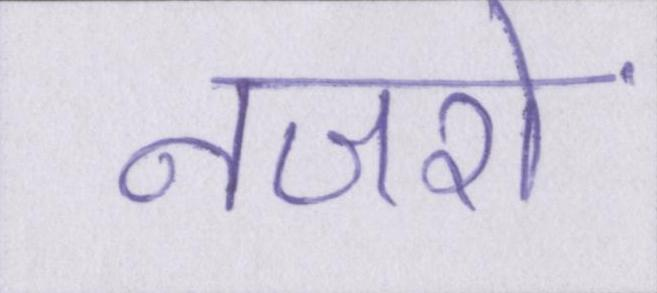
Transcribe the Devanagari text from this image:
नजरों